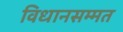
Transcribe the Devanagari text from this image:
विधानसम्मत